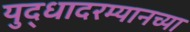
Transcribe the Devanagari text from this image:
युद्धादरम्यानच्या